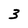
Character: 3